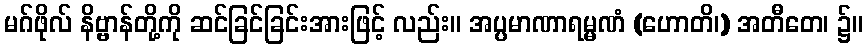
မဂ်ဖိုလ် နိဗ္ဗာန်တို့ကို ဆင်ခြင်ခြင်းအားဖြင့် လည်း။ အပ္ပမာဏာရမ္မဏံ (ဟောတိ၊) အတီတေ၊ ၌။